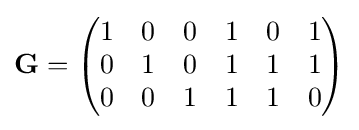
\mathbf {G} ={\begin{pmatrix}1&0&0&1&0&1\\0&1&0&1&1&1\\0&0&1&1&1&0\\\end{pmatrix}}